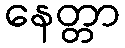
နေတ္တာ